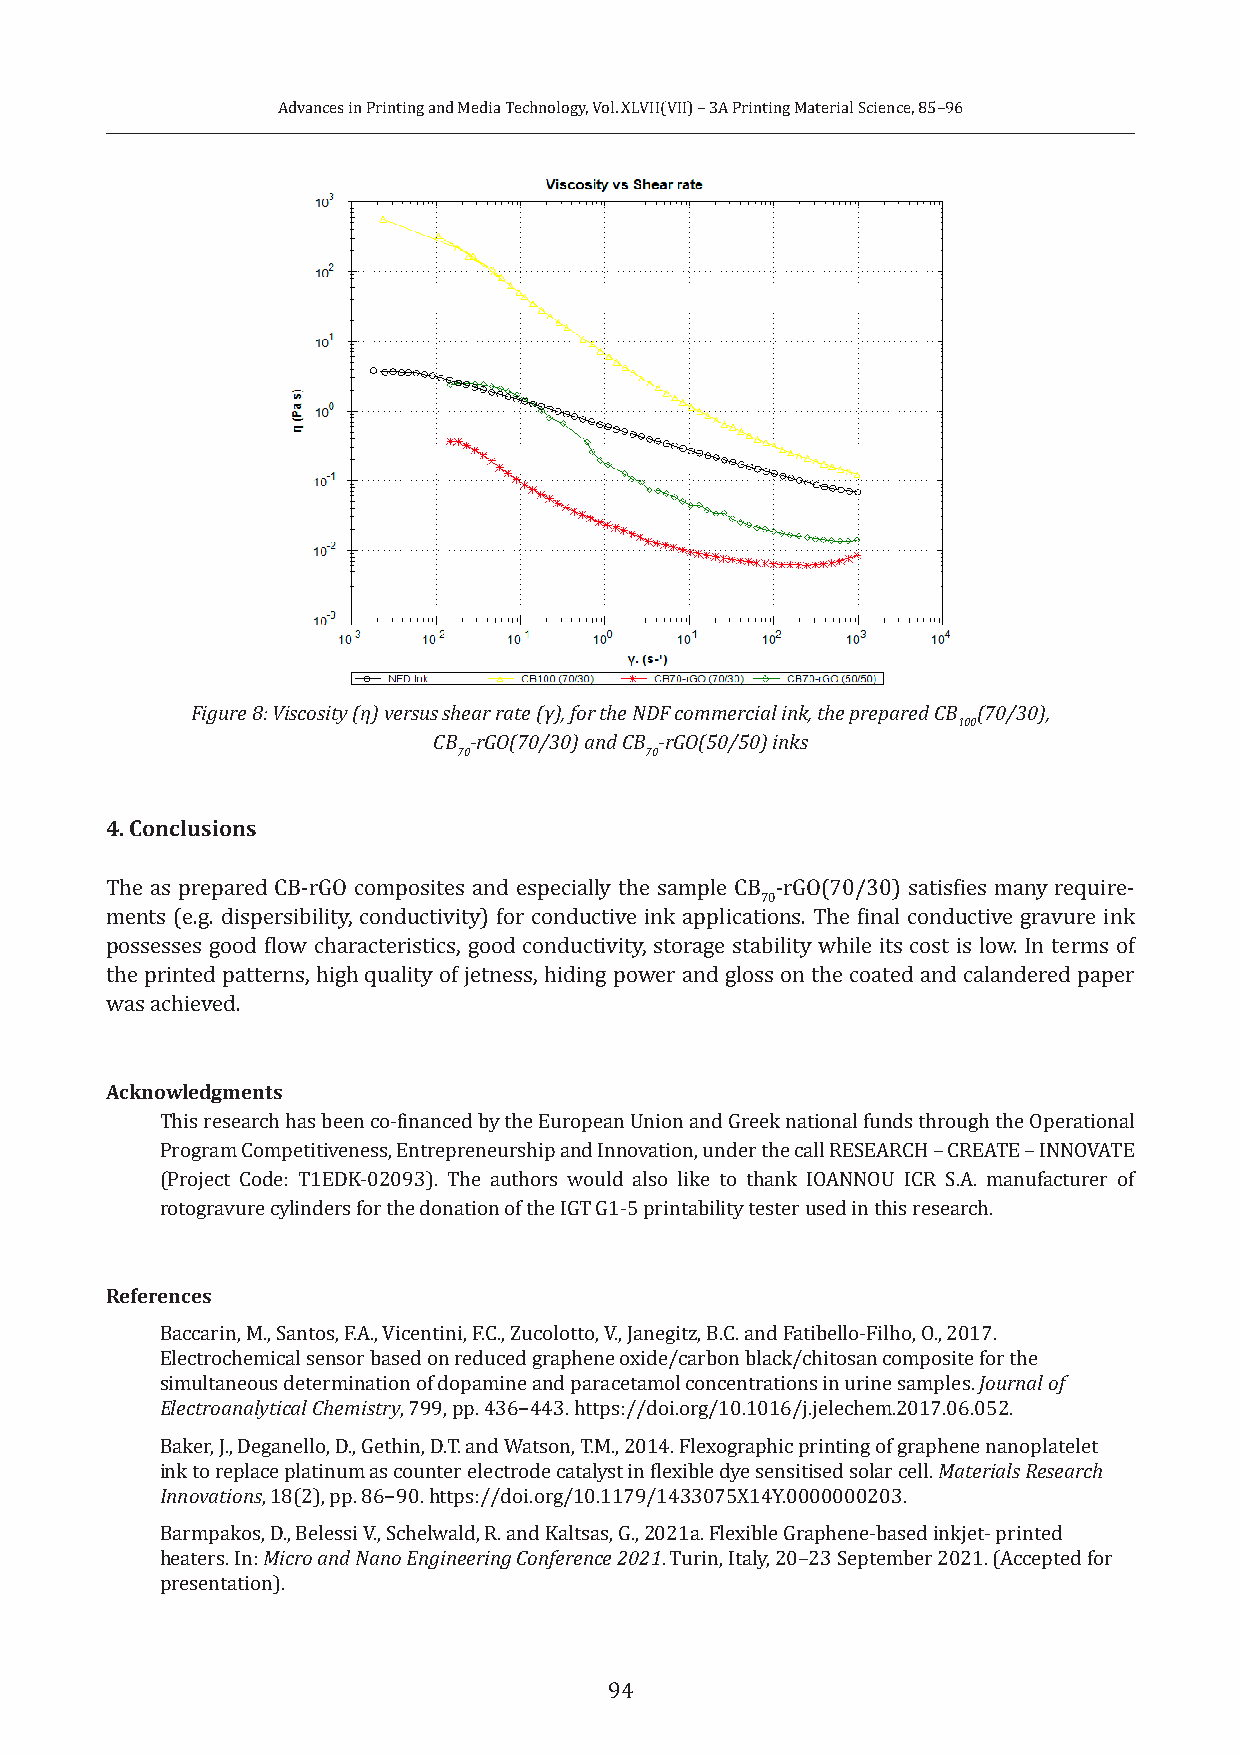
Advances in Printing and Media Technology, Vol. XLVII(VII) – 3A Printing Material Science, 85–96
 Figure 8: Viscosity (η) versus shear rate (γ), for the NDF commercial ink, the prepared CB (70/30),
 100
 CB -rGO(70/30) and CB -rGO(50/50) inks
 70           70
 4. Conclusions
 The as prepared CB-rGO composites and especially the sample CB -rGO(70/30) satisfies many require-
 70
 ments (e.g. dispersibility, conductivity) for conductive ink applications. The final conductive gravure ink
 possesses good flow characteristics, good conductivity, storage stability while its cost is low. In terms of
 the printed patterns, high quality of jetness, hiding power and gloss on the coated and calandered paper
 was achieved.
 Acknowledgments
 This research has been co-financed by the European Union and Greek national funds through the Operational
 Program Competitiveness, Entrepreneurship and Innovation, under the call RESEARCH – CREATE – INNOVATE
 (Project Code: T1EDK-02093). The authors would also like to thank IOANNOU ICR S.A. manufacturer of
 rotogravure cylinders for the donation of the IGT G1-5 printability tester used in this research.
 References
 Baccarin, M., Santos, F.A., Vicentini, F.C., Zucolotto, V., Janegitz, B.C. and Fatibello-Filho, O., 2017.
 Electrochemical sensor based on reduced graphene oxide/carbon black/chitosan composite for the
 simultaneous determination of dopamine and paracetamol concentrations in urine samples. Journal of
 Electroanalytical Chemistry, 799, pp. 436−443. https://doi.org/10.1016/j.jelechem.2017.06.052.
 Baker, J., Deganello, D., Gethin, D.T. and Watson, T.M., 2014. Flexographic printing of graphene nanoplatelet
 ink to replace platinum as counter electrode catalyst in flexible dye sensitised solar cell. Materials Research
 Innovations, 18(2), pp. 86−90. https://doi.org/10.1179/1433075X14Y.0000000203.
 Barmpakos, D., Belessi V., Schelwald, R. and Kaltsas, G., 2021a. Flexible Graphene-based inkjet- printed
 heaters. In: Micro and Nano Engineering Conference 2021. Turin, Italy, 20–23 September 2021. (Accepted for
 presentation).
 94